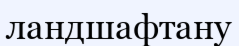
ландшафтану